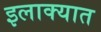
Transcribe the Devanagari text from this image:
इलाक्यात